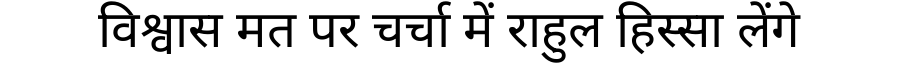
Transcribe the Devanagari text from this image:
विश्वास मत पर चर्चा में राहुल हिस्सा लेंगे